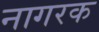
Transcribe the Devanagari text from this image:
नागरक